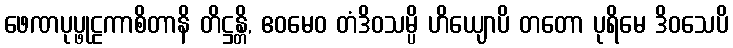
ဖေဏပုပ္ဖုဠကာစိတာနိ တိဋ္ဌန္တိ, ဧဝမေဝ တံဒိဝသမ္ပိ ဟိယျောပိ တတော ပုရိမေ ဒိဝသေပိ